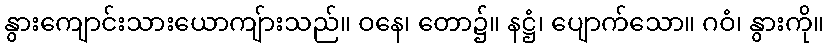
နွားကျောင်းသားယောကျ်ားသည်။ ဝနေ၊ တော၌။ နဋ္ဌံ၊ ပျောက်သော။ ဂဝံ၊ နွားကို။